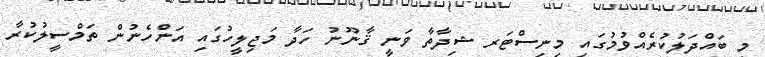
މި ބައްދަލުކުރެއްވުމުގައި މިނިސްޓަރ ޝިދާތާ ވަނީ ޤާނޫނު ހަދާ މަޖިލީހުގައި އަންހެނުން ތަމްސީލުކުރާ